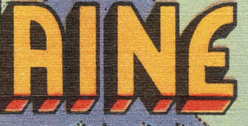
AINE